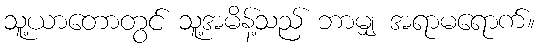
သူ့ယာတောတွင် သူ့အမိန့်သည် ဘာမျှ အရာမရောက်။